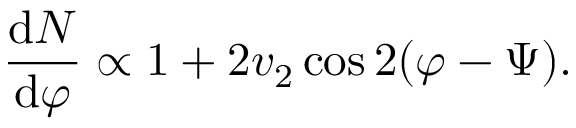
\frac { \mathrm { d } N } { \mathrm { d } \varphi } \propto 1 + 2 v _ { 2 } \cos 2 ( \varphi - \Psi ) .